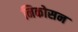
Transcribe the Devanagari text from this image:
निकोसन